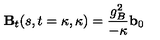
{ \mathbf B } _ { t } ( s , t = \kappa , \kappa ) = \frac { g _ { B } ^ { 2 } } { - \kappa } { \mathbf b } _ { 0 }